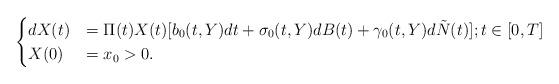
LaTeX: \begin{align*} \begin{cases}dX(t)&=\Pi(t)X(t)[b_0(t,Y)dt+\sigma_0(t,Y)dB(t)+\gamma_0(t,Y)d\tilde{N}(t)]; t\in[0, T]\\X(0)&=x_0>0.\end{cases} \end{align*}